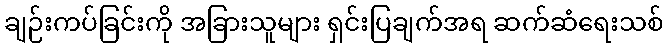
ချဉ်းကပ်ခြင်းကို အခြားသူများ ရှင်းပြချက်အရ ဆက်ဆံရေးသစ်